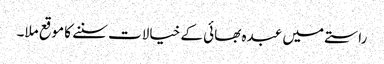
راستے میں عبدہ بھائی کے خیالات سننے کا موقع ملا۔